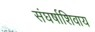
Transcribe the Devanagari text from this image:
संघर्षाशिवाय